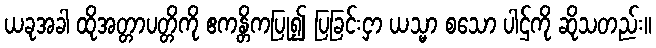
ယခုအခါ ထိုအတ္တာပတ္တိကို ဧကန္တိကပြု၍ ပြခြင်းငှာ ယသ္မာ စသော ပါဌ်ကို ဆိုသတည်း။